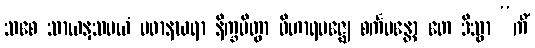
သစေ သာယနှသမယံ ပဓာနဃရာ နိက္ခမိတွာ ဝိဟာရမဇ္ဈေ စင်္ကမန္တော တေ ဒိသွာ “ကိံ